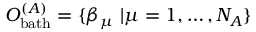
O _ { \mathrm { b a t h } } ^ { ( A ) } = \{ \beta _ { \mu } \ | \mu = 1 , \ldots , N _ { A } \}